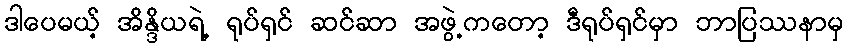
ဒါပေမယ့် အိန္ဒိယရဲ့ ရုပ်ရှင် ဆင်ဆာ အဖွဲ့ကတော့ ဒီရုပ်ရှင်မှာ ဘာပြဿနာမှ